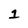
Character: 1